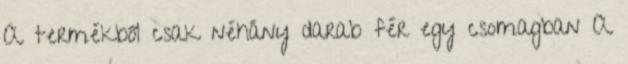
A termékből csak néhány darab fér egy csomagban A